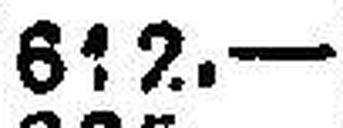
642.—